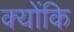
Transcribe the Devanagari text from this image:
क्‍योंकि